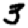
Digit: 3